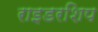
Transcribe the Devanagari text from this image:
राइडरशिप